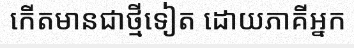
កើតមានជាថ្មីទៀត ដោយភាគីអ្នក